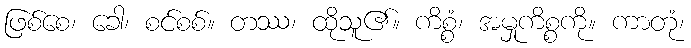
ဖြစ်စေ၊ ခေါ၊ စင်စစ်။ တဿ၊ ထိုသူ၏။ ကိစ္စံ၊ အမှုကိစ္စကို။ ကာတုံ၊